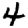
Digit: 4